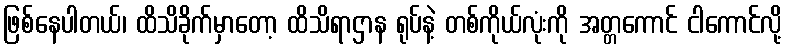
ဖြစ်နေပါတယ်၊ ထိသိခိုက်မှာတော့ ထိသိရာဌာန ရုပ်နဲ့ တစ်ကိုယ်လုံးကို အတ္တကောင် ငါကောင်လို့